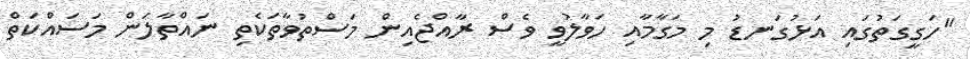
"ހަގީގަތުގައި އަޅުގަނޑު މި މަގާމާއި ހަވާލުވީ ވެސް ރާއްޖެއިން މަސްތުވާތަކެތި ނައްތާލަން މަސައްކަތް